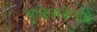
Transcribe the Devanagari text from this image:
सुकिसकेपछि